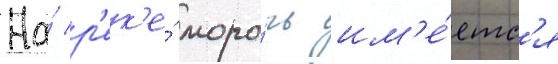
На́ р'ек'е́ моро́чь им'е́етс'я